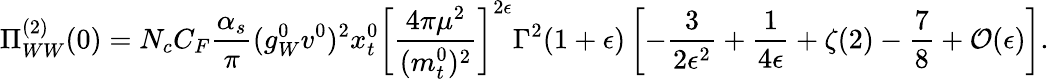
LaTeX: \Pi_{WW}^{(2)}(0)=N_{c}C_{F}\frac{\alpha_{s}}{\pi}(g_{W}^{0}v^{0})^{2}x_{t}^{0}\left[\frac{4\pi\mu^{2}}{(m_{t}^{0})^{2}}\right]^{2\epsilon}\Gamma^{2}(1+\epsilon)\left[-\frac{3}{2\epsilon^{2}}+\frac{1}{4\epsilon}+\zeta(2)-\frac{7}{8}+{\cal O}(\epsilon)\right].